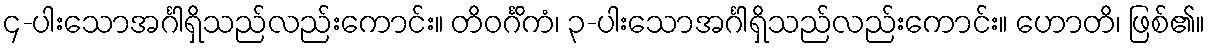
၄-ပါးသောအင်္ဂါရှိသည်လည်းကောင်း။ တိဝင်္ဂိကံ၊ ၃-ပါးသောအင်္ဂါရှိသည်လည်းကောင်း။ ဟောတိ၊ ဖြစ်၏။